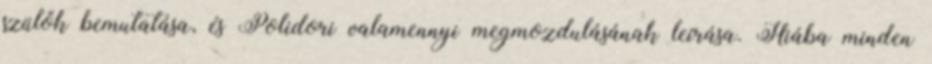
szülők bemutatása, és Polidori valamennyi megmozdulásának leírása. Hiába minden